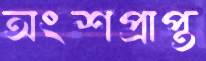
অংশপ্রাপ্ত